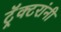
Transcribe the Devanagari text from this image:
ट्रॅक्टरांनी